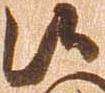
候